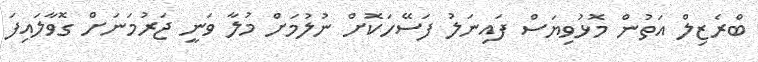
ބްރެޒިލް އަތުން މޮޅުވިޔަސް ފައިނަލު ފަސޭހަކޮށް ނުލުމަށް މުލާ ވަނީ ޖަރުމަނަށް ގޮވާލައިފަ